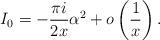
LaTeX: \begin{align*} I_0=-\frac{\pi i}{2x}\alpha^2+o\left (\frac 1 x\right ).\end{align*}